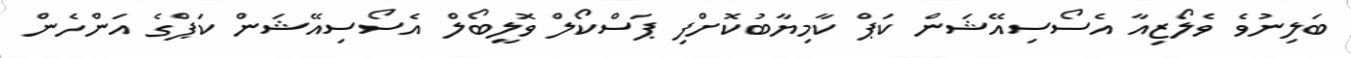
ބަލިނުވެ ވެލޯޒިއާ އެސޯސިއޭޝަން ކަޕް ކާމިޔާބުކޮށްފި ޕަސްކޯލް ވޮލީބޯލް އެސޯސިއޭޝަން ކަޕްގެ އަންހެން